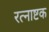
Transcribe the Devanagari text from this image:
रत्नाष्टक